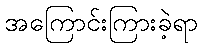
အကြောင်းကြားခဲ့ရာ